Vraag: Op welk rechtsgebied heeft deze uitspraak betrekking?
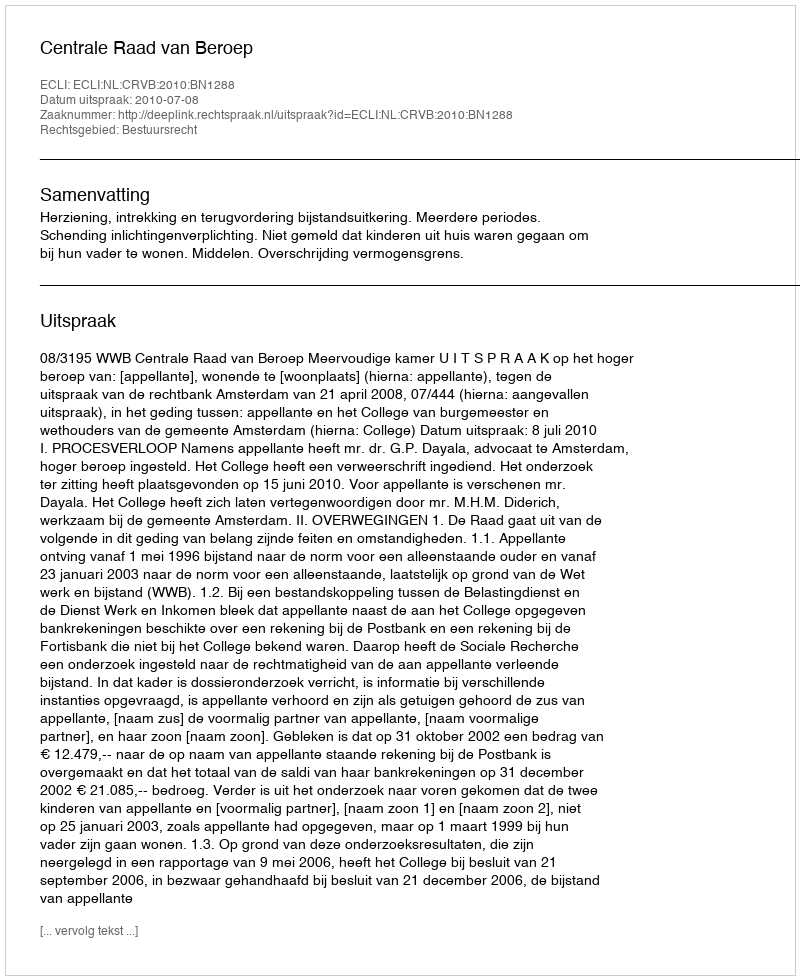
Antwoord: Bestuursrecht